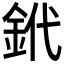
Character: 𨥶